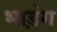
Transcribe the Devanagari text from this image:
भाड़ंग